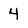
Character: 4